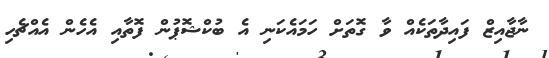
ނާޖާއިޒް ފައިދާތަކެއް ވާ ގޮތަށް ހަމައެކަނި އެ ބުކްޝޮޕުން ފޮތާއި އެހެން އެއްޗެހި